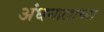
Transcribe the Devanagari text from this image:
अंधनालाच्या